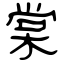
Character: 棠